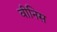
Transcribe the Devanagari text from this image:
वीनिस